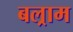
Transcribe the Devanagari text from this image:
बल्राम